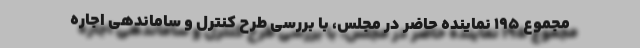
مجموع ۱۹۵ نماینده حاضر در مجلس، با بررسی طرح کنترل و ساماندهی اجاره‌